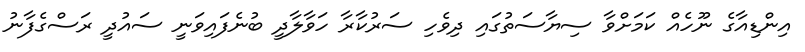
އިންޑިއާގެ ނޫހެއް ކަމަށްވާ ސިޔާސަތުގައި ދިވެހި ސަރުކާރާ ހަވާލާދީ ބުނެފައިވަނީ ސައުދީ ރަސްގެފާނު